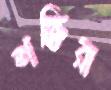
শক্তিরা